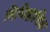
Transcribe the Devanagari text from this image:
मिथिहासिक